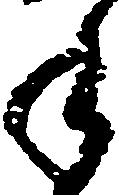
手